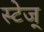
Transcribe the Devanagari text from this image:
स्टेज्